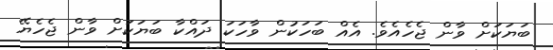
ބަޔަކަށް ވާން ޖެހެއެވެ. އެއް ބަހަކުން ވާހަކަ ދައްކާ ބަޔަކަށް ވާން ޖެހެޔޭ